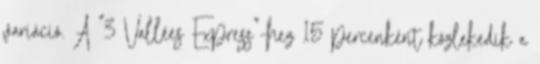
variáció. A "3 Vallées Express"-hez 15 percenként közlekedik a